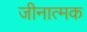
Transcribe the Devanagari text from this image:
जीनात्मक